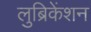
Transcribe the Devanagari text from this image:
लुब्रिकेंशन